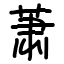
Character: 萧